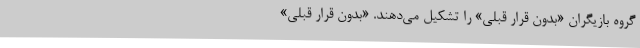
گروه بازیگران «بدون قرار قبلی» را تشکیل می‌دهند. «بدون قرار قبلی»